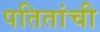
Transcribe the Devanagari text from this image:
पतितांची